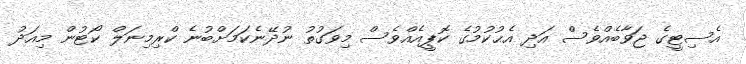
އެސިޓީގެ ޖަވާބެއްވެސް އަދި އެޙުކުމުގެ ކޮޕީއެއްވެސް މިވަގުތު ނުދޭނެކަމަށްބުނެ ކްރިމިނަލް ކޯޓުން މިއަދު